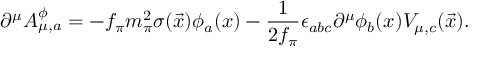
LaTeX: \partial ^ { \mu } A _ { \mu , a } ^ { \phi } = - f _ { \pi } m _ { \pi } ^ { 2 } \sigma ( \vec { x } ) \phi _ { a } ( x ) - \frac { 1 } { 2 f _ { \pi } } \epsilon _ { a b c } \partial ^ { \mu } \phi _ { b } ( x ) V _ { \mu , c } ( \vec { x } ) .